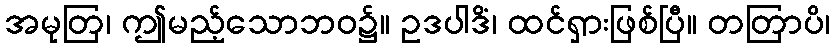
အမုတြ၊ ဤမည့်သောဘဝ၌။ ဥဒပါဒိံ၊ ထင်ရှားဖြစ်ပြီ။ တတြာပိ၊